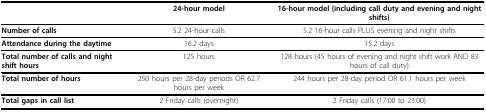
<table><thead><tr><td></td><td><b>24-hour model</b></td><td><b>16-hour model (including call duty and evening and night shifts)</b></td></tr></thead><tbody><tr><td><b>Number of calls</b></td><td>5.2 24-hour calls</td><td>5.2 16-hour calls PLUS evening and night shifts</td></tr><tr><td><b>Attendance during the daytime</b></td><td>16.2 days</td><td>15.2 days</td></tr><tr><td><b>Total number of calls and night shift hours</b></td><td>125 hours</td><td>128 hours (45 hours of evening and night shift work AND 83 hours of call duty)</td></tr><tr><td><b>Total number of hours</b></td><td>250 hours per 28-day periods OR 62.7 hours per week</td><td>244 hours per 28-day period OR 61.1 hours per week</td></tr><tr><td><b>Total gaps in call list</b></td><td>2 Friday calls (overnight)</td><td>2 Friday calls (17:00 to 23:00)</td></tr></tbody></table>